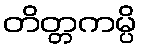
တိတ္တကမ္ပိ